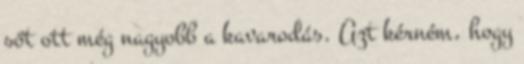
sőt ott még nagyobb a kavarodás. Azt kérném, hogy